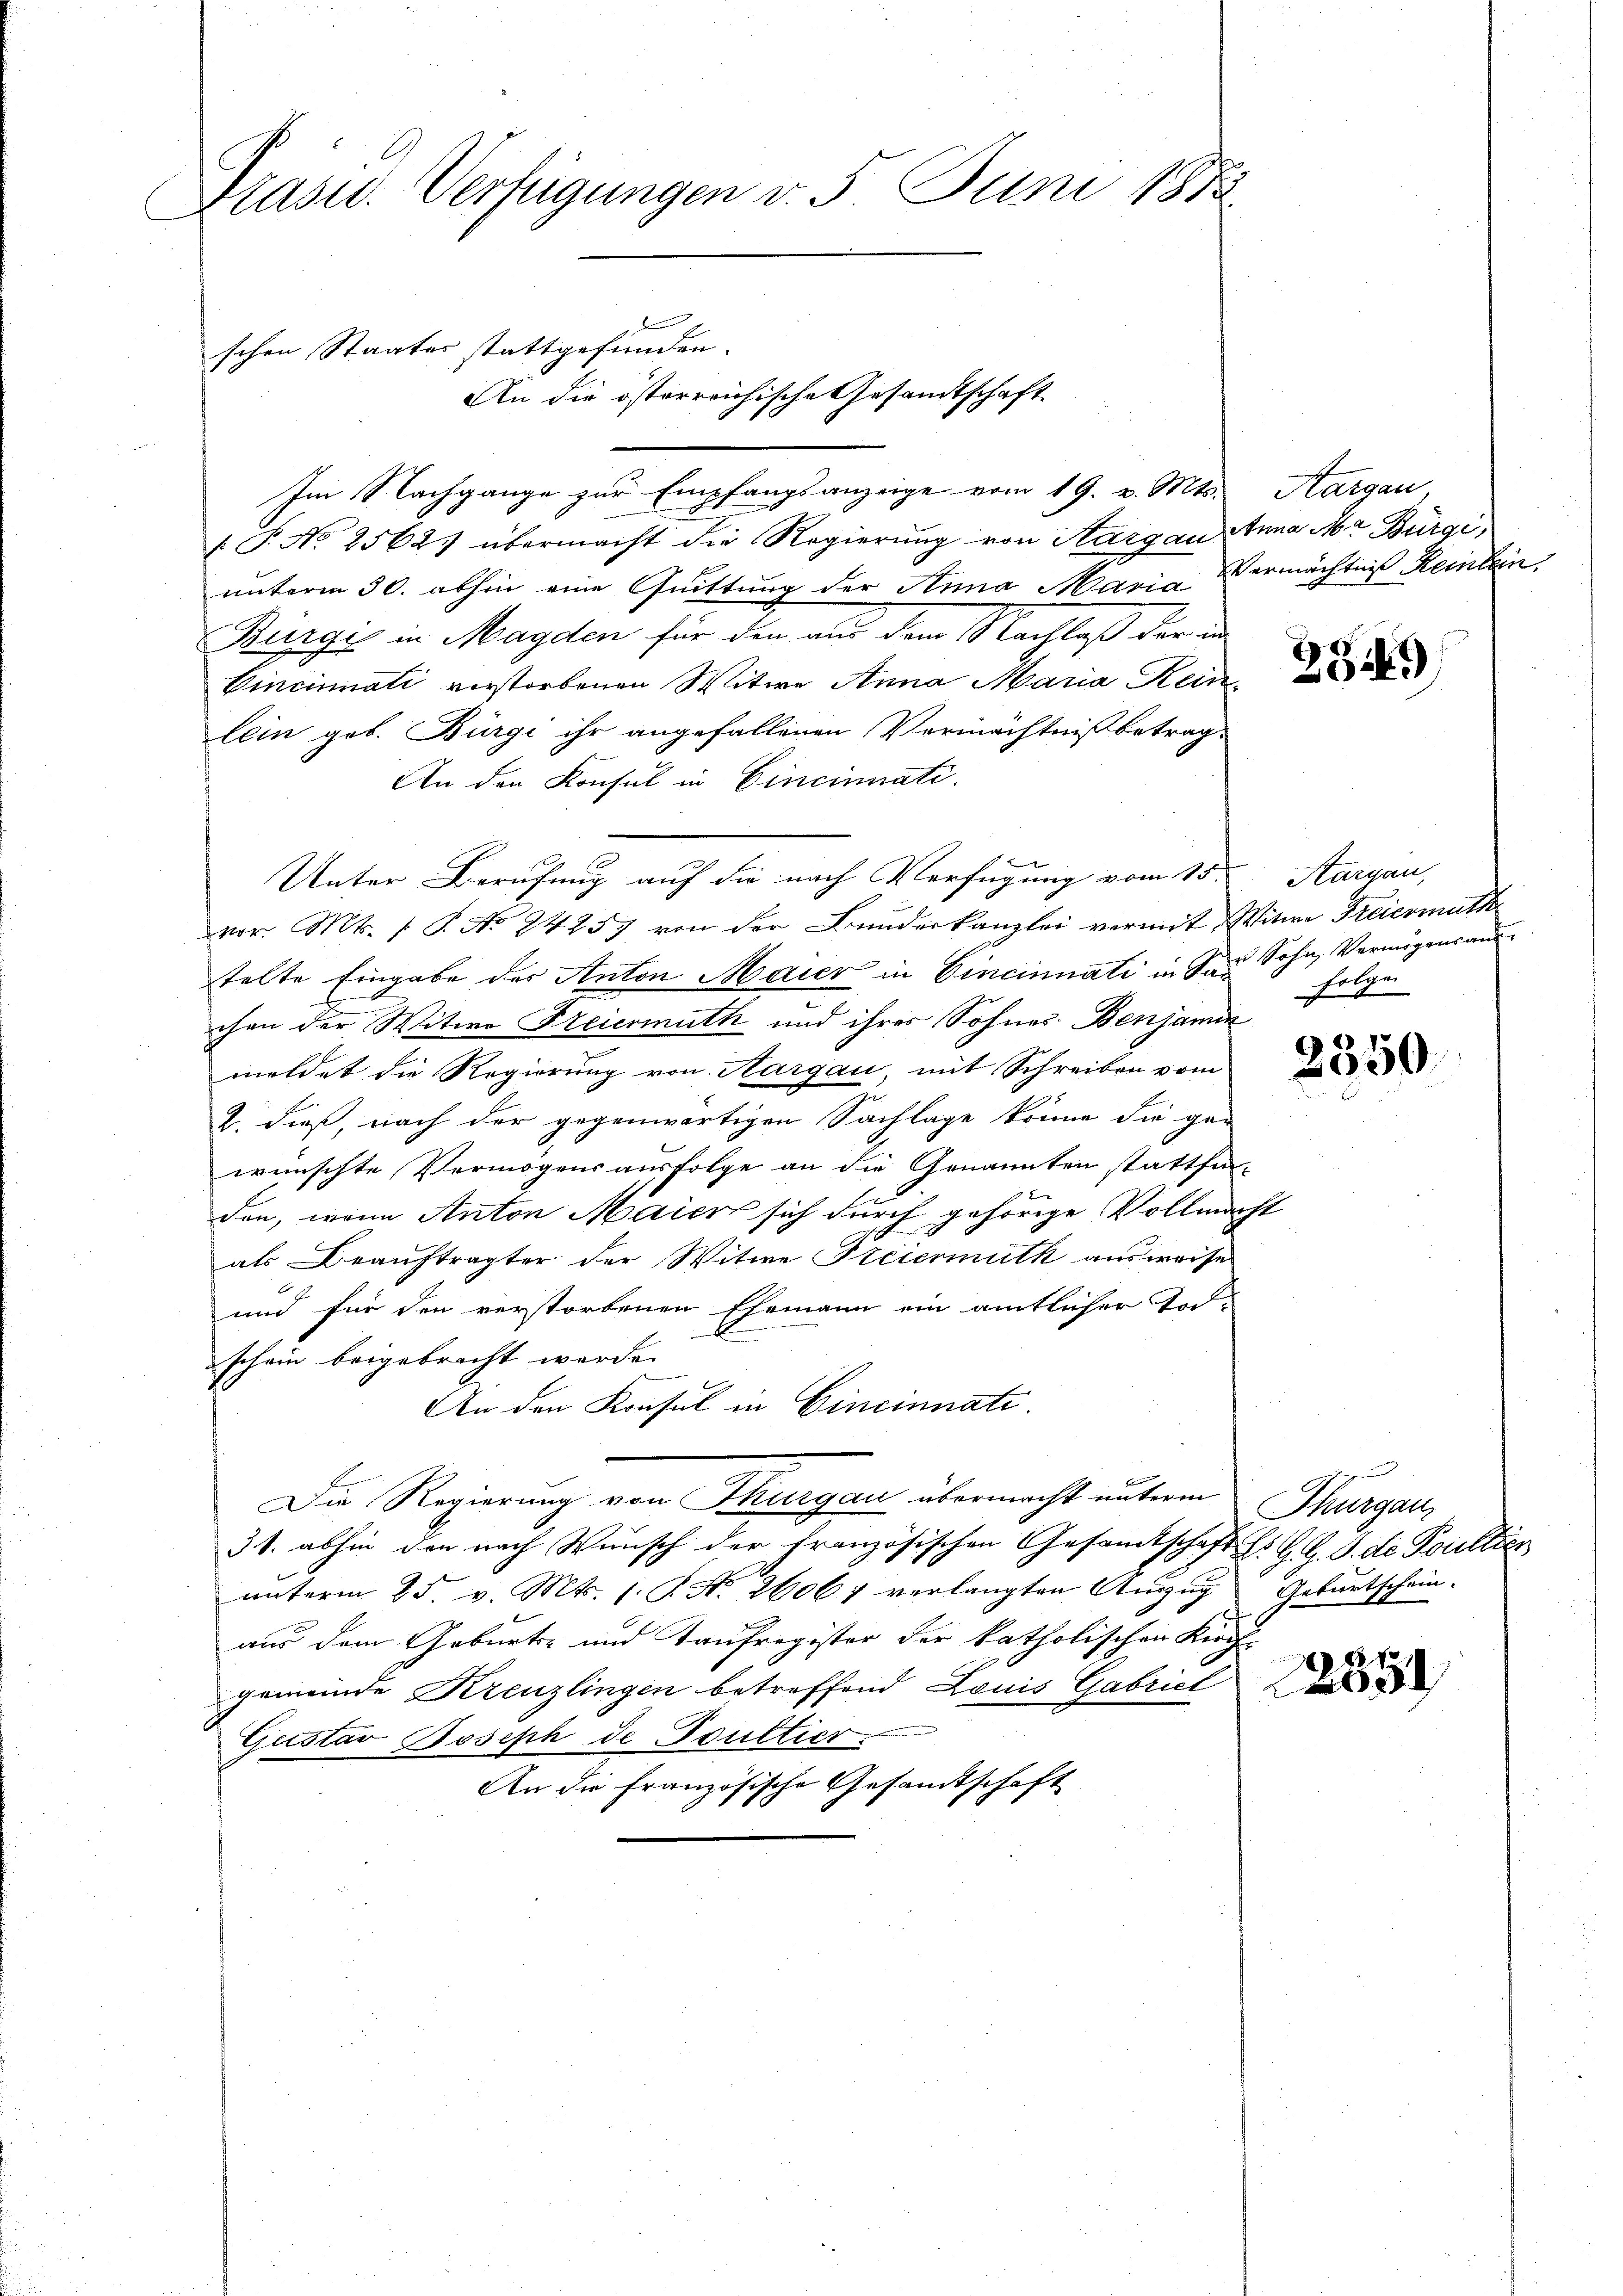
Präsid. Verfügungen v. 5. Juni 1873

schen Staates stattgefunden.
An die österreichische Gesandtschaft

de

Im Nachgange zur Empfangsanzeige vom 19. v. Mts.
/. P. No 25625 übermacht die Regierung von Aargau Anna Mr Bürge
unterm 30. abhin eine Quittung der Anna Maria Vermächtniß Reinbein
Burgi in Magden für den aus dem Nachlaß der in
Cincinati verstorbenen Witwe Anna Maria Reinlein geb. Bürgi ihr angefallenen Vermächtniß betrag-
An den Konsul in Cincinnati
x
Unter Berufung auf die nach Verfügung vom 15. Aargau,
nor. Mts. f. P. No 24257 von der Bundeskanzlei vermit Witwe Freiermuth
telte Eingabe des Anton Maier in Cincinnati in das Sohn Vermögensauschen der Witwe Freiermuth und ihres Sohnes- Benjamin
meldet die Regierung von Aargau, mit Schreiben vom
2. dieß, nach der gegenwärtigen Sachlage könne die ge-
wünschte Vermögensausfolge an die Genannten stattfin-
den, wenn Anton Maier sich durch gehörige Vollmach
als Beauftragter der Witwe Steiermuth ausworte
und für den verstorbenen Ehemann ein amtlicher Todschein beigebracht werde.
An den Konsul in Cincinnati
Die Regierung von Thurgau übermacht unterm Thurgau,
3.1. abhin den nach Wunsch der französischen Gesamtschaft Hr. G. G. S. de Foultier
unterm 25. v. Mts. 1. P. Nr. 26067 verlangten Anzug Geburtschein-
aus dem Geburts- und Taufregister der katholischen Kirch-
gemeinde Kreuzlingen betreffend Louis Gabriel
Gustav Boseph de Faultier
An die französische Gesandtschaft

Aargau,

2349

folgen

2350

r
5